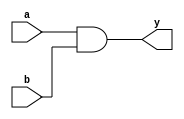
`timescale 1ns / 1ps
module andgate(a,b,y);
input a,b;
output y;
assign y = a&b;
endmodule